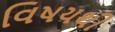
વિષયથી